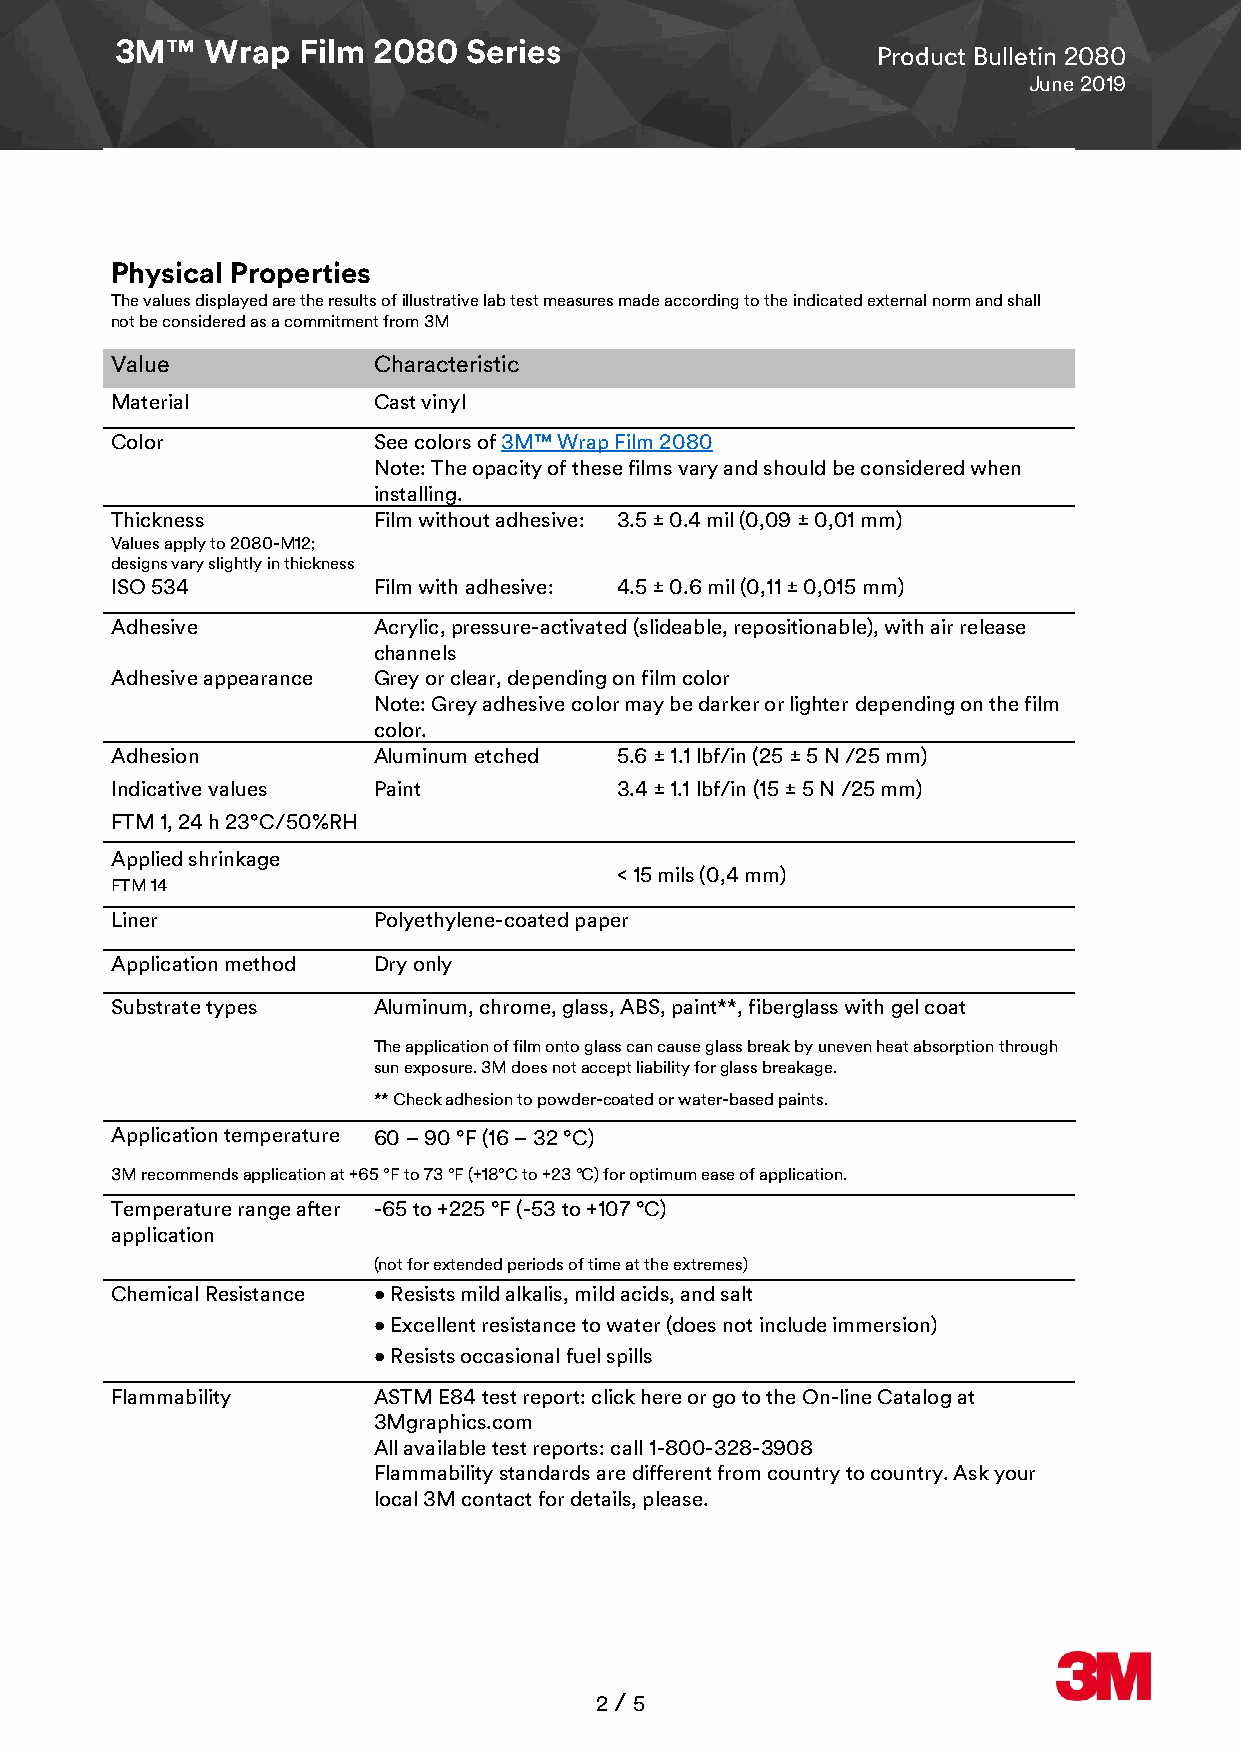
3M™   Wrap  Film 2080  Series
 Product Bulletin 2080
 June 2019
 Physical Properties
 The values displayed are the results of illustrative lab test measures made according to the indicated external norm and shall
 not be considered as a commitment from 3M
 Value             Characteristic
 Material          Cast vinyl
 Color             See colors of 3M™ Wrap Film 2080
 Note: The opacity of these films vary and should be considered when
 installing.
 Thickness         Film without adhesive: 3.5 ± 0.4 mil (0,09 ± 0,01 mm)
 Values apply to 2080-M12;
 designs vary slightly in thickness
 ISO 534           Film with adhesive: 4.5 ± 0.6 mil (0,11 ± 0,015 mm)
 Adhesive          Acrylic, pressure-activated (slideable, repositionable), with air release
 channels
 Adhesive appearance Grey or clear, depending on film color
 Note: Grey adhesive color may be darker or lighter depending on the film
 color.
 Adhesion          Aluminum etched 5.6 ± 1.1 lbf/in (25 ± 5 N /25 mm)
 Indicative values Paint           3.4 ± 1.1 lbf/in (15 ± 5 N /25 mm)
 FTM 1, 24 h 23°C/50%RH
 Applied shrinkage
 < 15 mils (0,4 mm)
 FTM 14
 Liner             Polyethylene-coated paper
 Application method Dry only
 Substrate types   Aluminum, chrome, glass, ABS, paint**, fiberglass with gel coat
 The application of film onto glass can cause glass break by uneven heat absorption through
 sun exposure. 3M does not accept liability for glass breakage.
 ** Check adhesion to powder-coated or water-based paints.
 Application temperature 60 – 90 °F (16 – 32 °C)
 3M recommends application at +65 °F to 73 °F (+18°C to +23 °C) for optimum ease of application.
 Temperature range after -65 to +225 °F (-53 to +107 °C)
 application
 (not for extended periods of time at the extremes)
 Chemical Resistance • Resists mild alkalis, mild acids, and salt
 • Excellent resistance to water (does not include immersion)
 • Resists occasional fuel spills
 Flammability      ASTM E84 test report: click here or go to the On-line Catalog at
 3Mgraphics.com
 All available test reports: call 1-800-328-3908
 Flammability standards are different from country to country. Ask your
 l ocal 3M contact for details, please.
 2 / 5